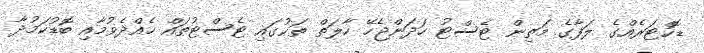
ޑޮކްޓަރެއްގެ ލަފާގެ މަތިން ޓެސްޓު ހަދަންޖެހޭ ހާލަތް ތަކުގައި ޓެސްޓުތައް ހެއްދެވުމާއި ބޮޑުކަމުދާ